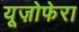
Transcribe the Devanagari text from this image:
यूज़ोफेरा